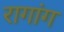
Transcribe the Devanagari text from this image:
रागांग